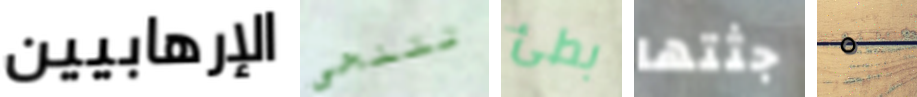
الإرهابيين تتنحى بطئ جثتها ٥